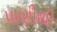
પાણીથી